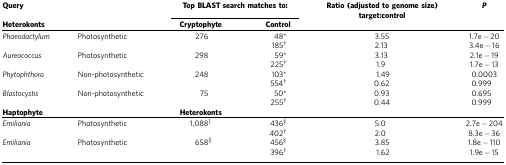
<table><thead><tr><td><b>Query</b></td><td><b> </b></td><td colspan="2"><b>Top BLAST search matches to:</b></td><td><b>Ratio (adjusted to genome size) target:control</b></td><td><b><i>P</i></b></td></tr><tr><td><b>Heterokonts</b></td><td><b> </b></td><td><b>Cryptophyte</b></td><td><b>Control</b></td><td><b> </b></td><td><b> </b></td></tr></thead><tbody><tr><td><i>Phaeodactylum</i></td><td>Photosynthetic</td><td>276</td><td>48*</td><td>3.55</td><td>1.7e−20</td></tr><tr><td> </td><td> </td><td> </td><td>185†</td><td>2.13</td><td>3.4e−16</td></tr><tr><td><i>Aureococcus</i></td><td>Photosynthetic</td><td>298</td><td>59*</td><td>3.13</td><td>2.1e−19</td></tr><tr><td> </td><td> </td><td> </td><td>225†</td><td>1.9</td><td>1.7e−13</td></tr><tr><td><i>Phytophthora</i></td><td>Non-photosynthetic</td><td>248</td><td>103*</td><td>1.49</td><td>0.0003</td></tr><tr><td> </td><td> </td><td> </td><td>554†</td><td>0.62</td><td>0.999</td></tr><tr><td><i>Blastocystis</i></td><td>Non-photosynthetic</td><td>75</td><td>50*</td><td>0.93</td><td>0.695</td></tr><tr><td> </td><td> </td><td> </td><td>255†</td><td>0.44</td><td>0.999</td></tr><tr><td><b>Haptophyte</b></td><td> </td><td><b>Heterokonts</b></td><td> </td><td> </td><td> </td></tr><tr><td><i>Emiliania</i></td><td>Photosynthetic</td><td>1,088‡</td><td>436§</td><td>5.0</td><td>2.7e−204</td></tr><tr><td> </td><td> </td><td> </td><td>402†</td><td>2.0</td><td>8.3e−36</td></tr><tr><td><i>Emiliania</i></td><td>Photosynthetic</td><td>658||</td><td>456§</td><td>3.85</td><td>1.8e−110</td></tr><tr><td> </td><td> </td><td> </td><td>396†</td><td>1.62</td><td>1.9e−15</td></tr></tbody></table>